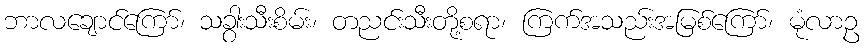
ဘာလချောင်ကြော်၊ သခွားသီးစိမ်း၊ တညင်းသီးတို့စရာ၊ ကြက်အသည်းအမြစ်ကြော်၊ မုံလာဥ